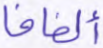
ألفافا